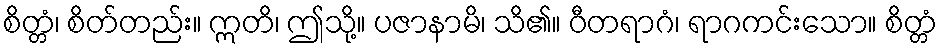
စိတ္တံ၊ စိတ်တည်း။ ဣတိ၊ ဤသို့။ ပဇာနာမိ၊ သိ၏။ ဝီတရာဂံ၊ ရာဂကင်းသော။ စိတ္တံ